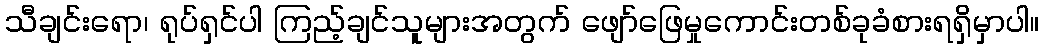
သီချင်းရော၊ ရုပ်ရှင်ပါ ကြည့်ချင်သူများအတွက် ဖျော်ဖြေမှုကောင်းတစ်ခုခံစားရရှိမှာပါ။